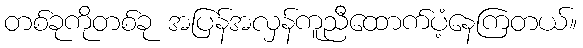
တစ်ခုကိုတစ်ခု အပြန်အလှန်ကူညီထောက်ပံ့နေကြတယ်။